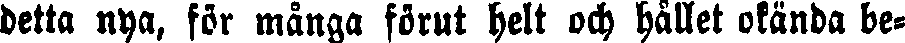
detta nya, för många förut helt och hållet okända be-